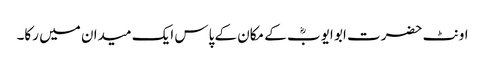
اونٹ حضرت ابو ایوبؓ کے مکان کے پاس ایک میدان میں رکا۔